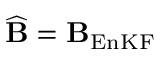
\widehat { \bf B } = { \bf B } _ { \mathrm { E n K F } }